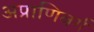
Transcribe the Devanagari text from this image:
अप्राणिवर्ग